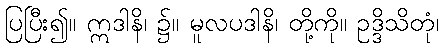
ပြပြီး၍။ ဣဒါနိ၊ ၌။ မူလပဒါနိ၊ တို့ကို။ ဥဒ္ဒိသိတုံ၊